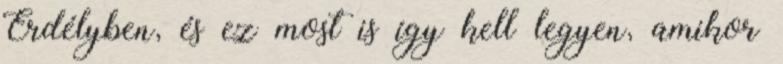
Erdélyben, és ez most is így kell legyen, amikor